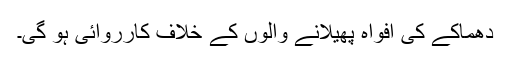
دھماکے کی افواہ پھیلانے والوں کے خلاف کارروائی ہو گی۔